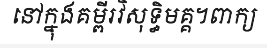
នៅក្នុងគម្ពីរវិសុទ្ធិមគ្គ។ពាក្យ